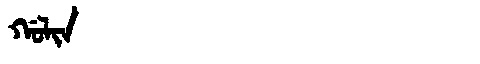
Manchu: ᡤᠣᠯᡳᠨ
Romanization: GOLIN